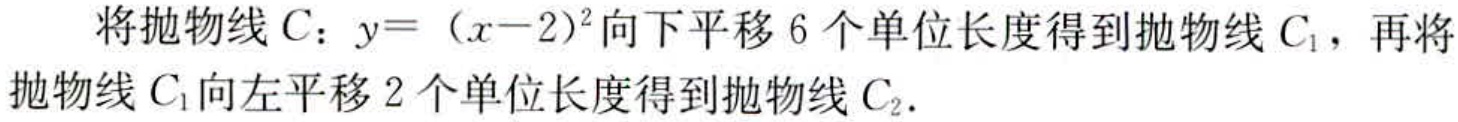
将抛物线\(C\)：\(y = (x - 2)^2\)向下平移\(6\)个单位长度得到抛物线\(C_1\)，再将抛物线\(C_1\)向左平移\(2\)个单位长度得到抛物线\(C_2\)。